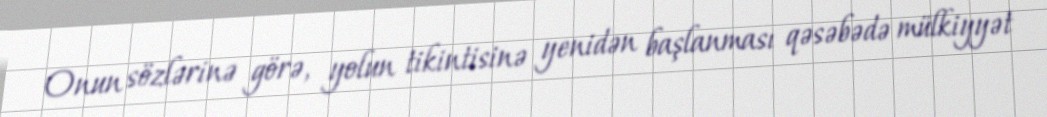
Onun sözlərinə görə, yolun tikintisinə yenidən başlanması qəsəbədə mülkiyyət